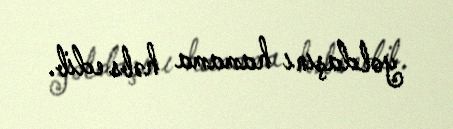
yoldaşını hamama həbs edib.